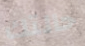
حالتك